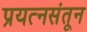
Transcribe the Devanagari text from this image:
प्रयत्‍नसंतून